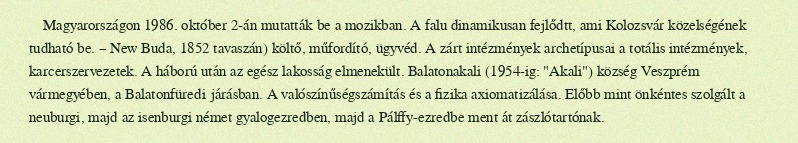
Magyarországon 1986. október 2-án mutatták be a mozikban. A falu dinamikusan fejlődtt, ami Kolozsvár közelségének tudható be. – New Buda, 1852 tavaszán) költő, műfordító, ügyvéd. A zárt intézmények archetípusai a totális intézmények, karcerszervezetek. A háború után az egész lakosság elmenekült. Balatonakali (1954-ig: "Akali") község Veszprém vármegyében, a Balatonfüredi járásban. A valószínűségszámítás és a fizika axiomatizálása. Előbb mint önkéntes szolgált a neuburgi, majd az isenburgi német gyalogezredben, majd a Pálffy-ezredbe ment át zászlótartónak.